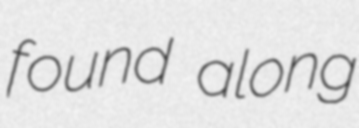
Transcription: found along